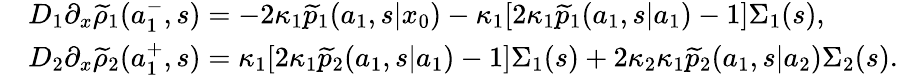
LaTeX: \begin{array}{rl}&{D_{1}\partial_{x}\widetilde{\rho}_{1}(a_{1}^{-},s)=-2\kappa_{1}\widetilde{p}_{1}(a_{1},s|x_{0})-\kappa_{1}[2\kappa_{1}\widetilde{p}_{1}(a_{1},s|a_{1})-1]\Sigma_{1}(s),}\\ &{D_{2}\partial_{x}\widetilde{\rho}_{2}(a_{1}^{+},s)=\kappa_{1}[2\kappa_{1}\widetilde{p}_{2}(a_{1},s|a_{1})-1]\Sigma_{1}(s)+2\kappa_{2}\kappa_{1}\widetilde{p}_{2}(a_{1},s|a_{2})\Sigma_{2}(s).}\end{array}